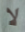
لا